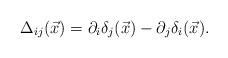
LaTeX: \begin{align*}\Delta_{ij}(\vec x)=\partial_i\delta_j(\vec x)-\partial_j\delta_i(\vec x).\end{align*}